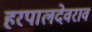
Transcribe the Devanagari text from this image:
हरपालदेवराव